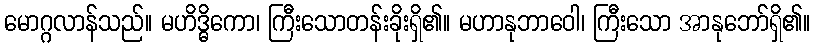
မောဂ္ဂလာန်သည်။ မဟိဒ္ဓိကော၊ ကြီးသောတန်းခိုးရှိ၏။ မဟာနုဘာဝေါ၊ ကြီးသော အာနုဘော်ရှိ၏။